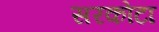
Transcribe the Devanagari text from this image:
सरकोटा